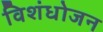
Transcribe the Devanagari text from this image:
विशंधोजन